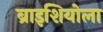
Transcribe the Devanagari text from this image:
ब्राइशियोला